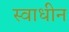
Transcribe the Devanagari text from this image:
स्‍वाधीन